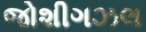
જોશીગઝલ